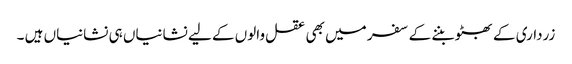
زرداری کے بھٹو بننے کے سفر میں بھی عقل والوں کے لیے نشانیاں ہی نشانیاں ہیں ۔